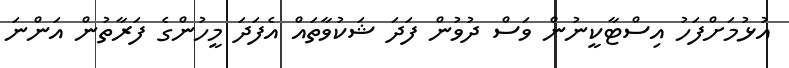
އުޅުމަށްފަހު އިސްޓާކީނުން ވަސް ދުވުން ފަދަ ޝަކުވާތައް އެފަދަ މީހުންގެ ފަރާތުން އަންނަ